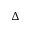
\Delta